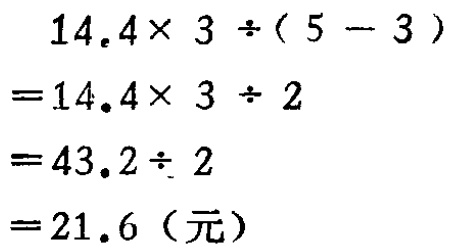
\[
\begin{align*}
&14.4\times 3\div(5 - 3)\\
=&14.4\times 3\div 2\\
=&43.2\div 2\\
=&21.6（元）
\end{align*}
\]